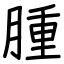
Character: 腫